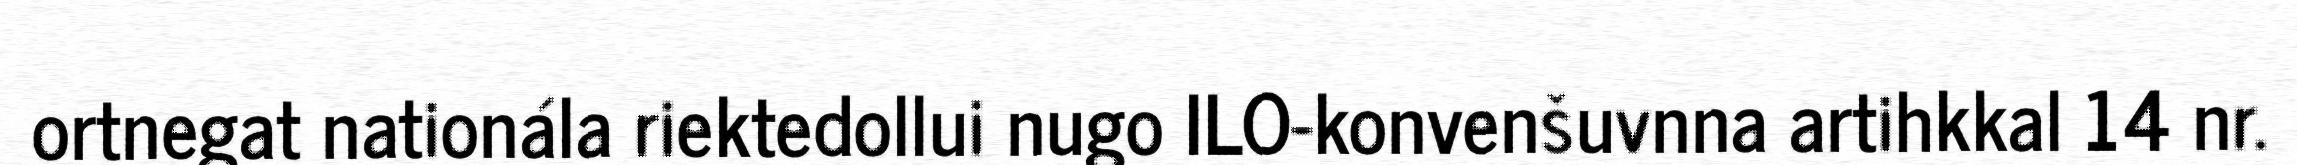
ortnegat nationála riektedollui nugo ILO-konvenšuvnna artihkkal 14 nr.